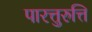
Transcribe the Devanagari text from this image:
पारत्तुरुत्ति